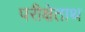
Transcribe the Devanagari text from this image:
परीक्षेताथ